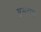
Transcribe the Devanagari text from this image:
घुमटाचा